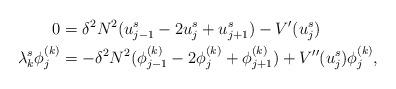
LaTeX: \begin{align*} 0 & = \delta^2 N^2 ( u^s_{j-1} -2u^s_j + u^s_{j+1}) - V'(u^s_j)\\ \lambda^s_k \phi_j^{(k)}& = -\delta^2 N^2 ( \phi^{(k)}_{j-1} -2\phi^{(k)}_j + \phi^{(k)}_{j+1}) +V''(u^s_j)\phi^{(k)}_j, \end{align*}